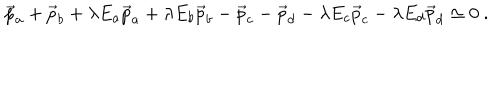
\vec { p } _ { a } + \vec { p } _ { b } + \lambda E _ { a } \vec { p } _ { a } + \lambda E _ { b } \vec { p } _ { b } - \vec { p } _ { c } - \vec { p } _ { d } - \lambda E _ { c } \vec { p } _ { c } - \lambda E _ { d } \vec { p } _ { d } \simeq 0 ~ .